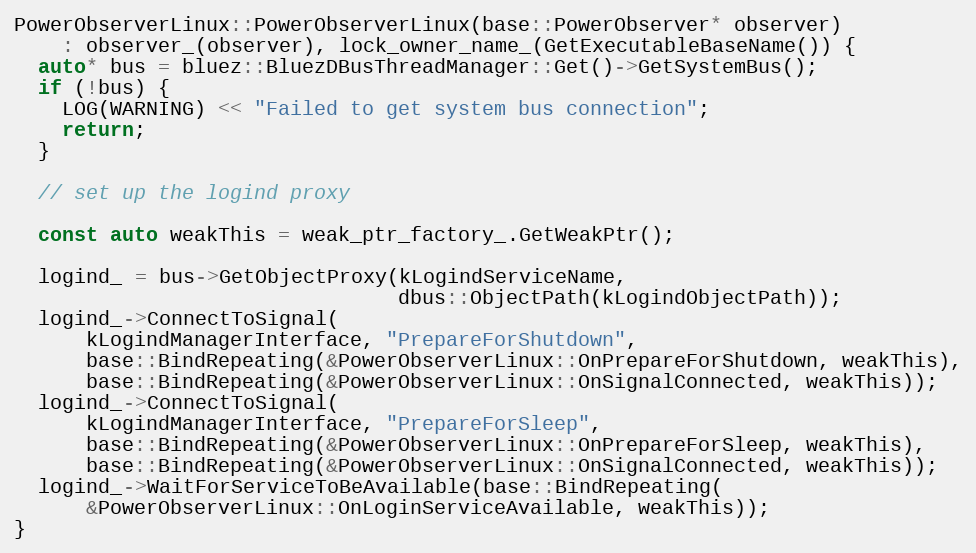
Language: C++
PowerObserverLinux::PowerObserverLinux(base::PowerObserver* observer)
    : observer_(observer), lock_owner_name_(GetExecutableBaseName()) {
  auto* bus = bluez::BluezDBusThreadManager::Get()->GetSystemBus();
  if (!bus) {
    LOG(WARNING) << "Failed to get system bus connection";
    return;
  }

  // set up the logind proxy

  const auto weakThis = weak_ptr_factory_.GetWeakPtr();

  logind_ = bus->GetObjectProxy(kLogindServiceName,
                                dbus::ObjectPath(kLogindObjectPath));
  logind_->ConnectToSignal(
      kLogindManagerInterface, "PrepareForShutdown",
      base::BindRepeating(&PowerObserverLinux::OnPrepareForShutdown, weakThis),
      base::BindRepeating(&PowerObserverLinux::OnSignalConnected, weakThis));
  logind_->ConnectToSignal(
      kLogindManagerInterface, "PrepareForSleep",
      base::BindRepeating(&PowerObserverLinux::OnPrepareForSleep, weakThis),
      base::BindRepeating(&PowerObserverLinux::OnSignalConnected, weakThis));
  logind_->WaitForServiceToBeAvailable(base::BindRepeating(
      &PowerObserverLinux::OnLoginServiceAvailable, weakThis));
}